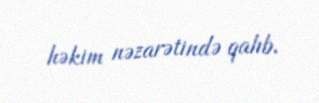
həkim nəzarətində qalıb.